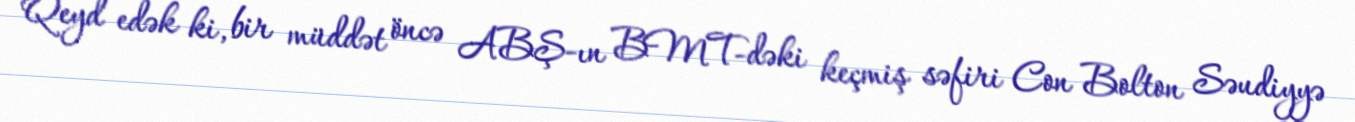
Qeyd edək ki, bir müddət öncə ABŞ-ın BMT-dəki keçmiş səfiri Con Bolton Səudiyyə